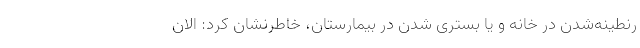
رنطینه‌شدن در خانه و یا بستری شدن در بیمارستان، خاطرنشان کرد: الان